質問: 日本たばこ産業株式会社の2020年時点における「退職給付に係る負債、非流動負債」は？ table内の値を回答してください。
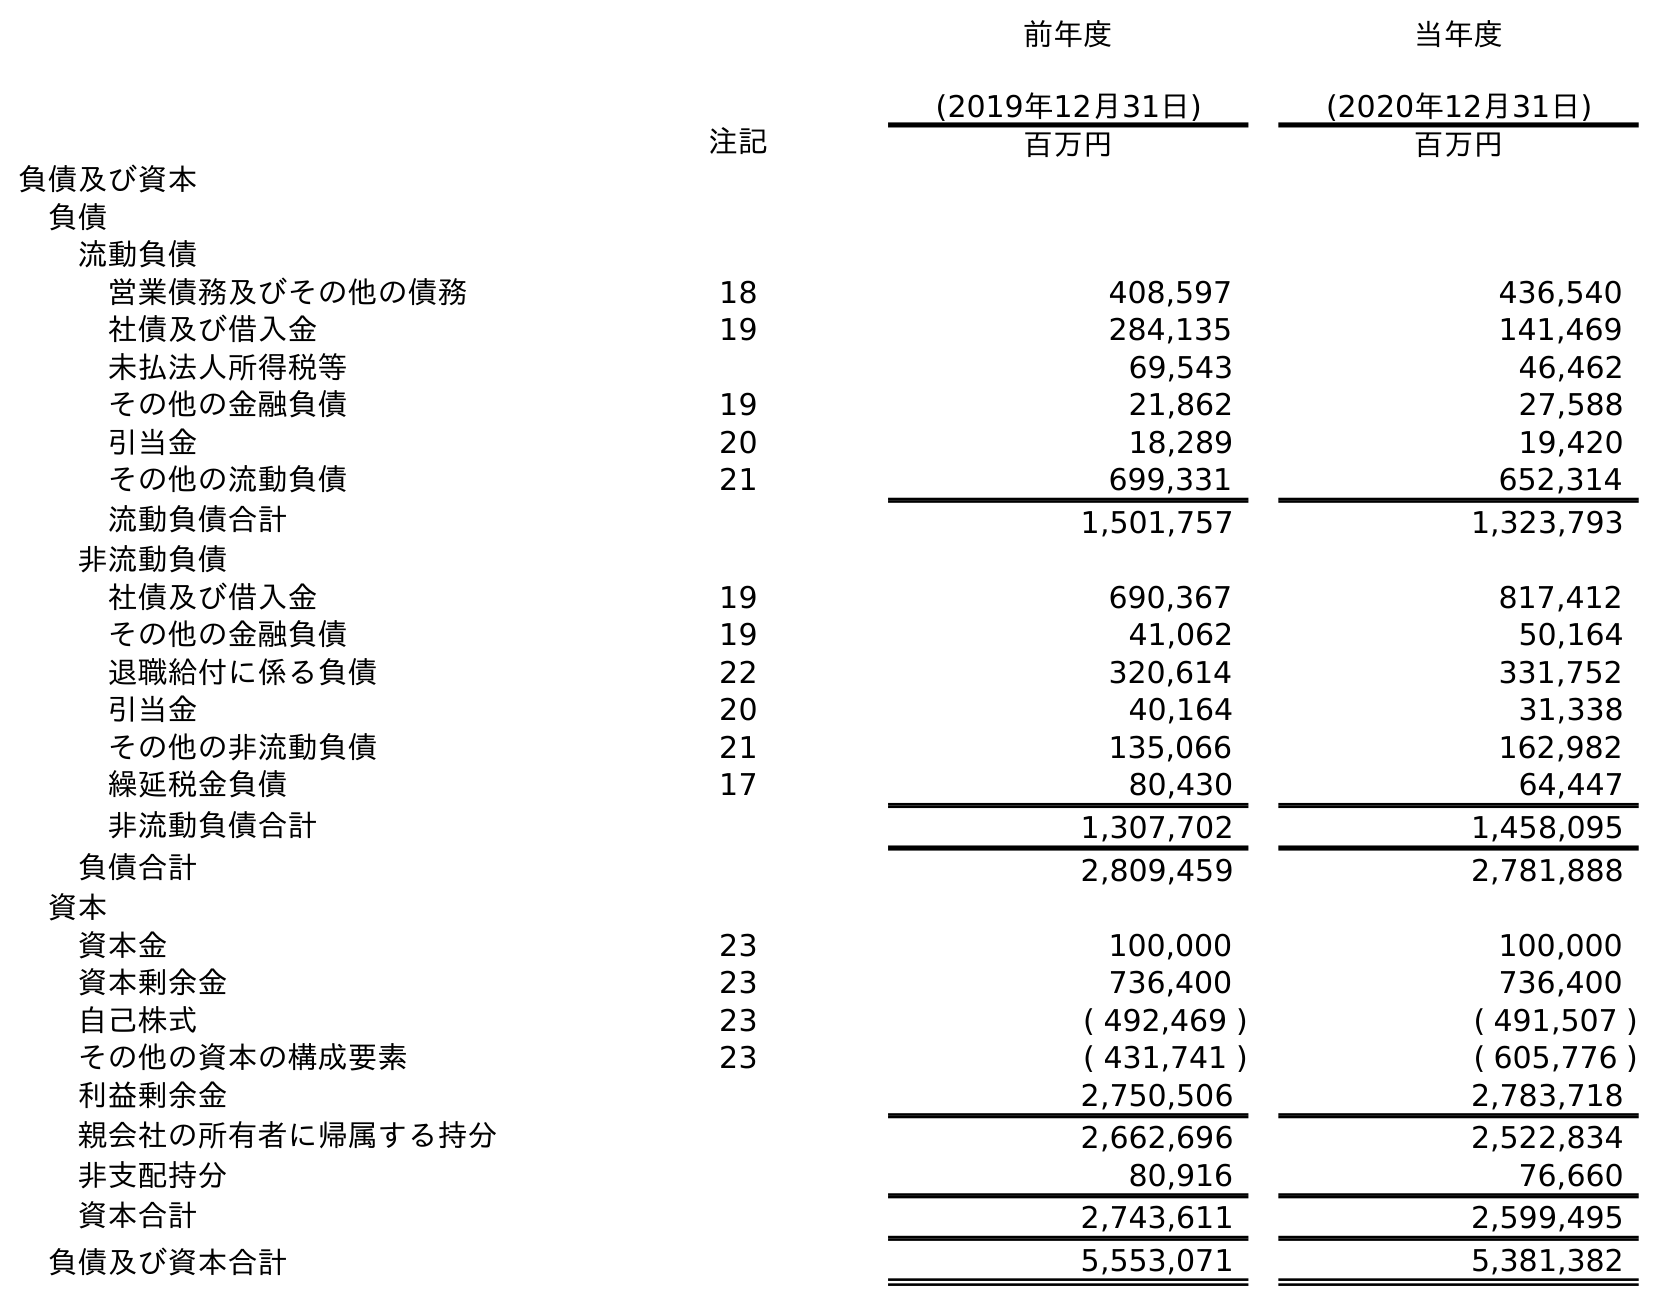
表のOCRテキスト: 前年度 (2019年12月31日) 当年度 (2020年12月31日) 注記 百万円 百万円 負債及び資本 負債 流動負債 営業債務及びその他の債務 18 408,597 436,540 社債及び借入金 19 284,135 141,469 未払法人所得税等 69,543 46,462 その他の金融負債 19 21,862 27,588 引当金 20 18,289 19,420 その他の流動負債 21 699,331 652,314 流動負債合計 1,501,757 1,323,793 非流動負債 社債及び借入金 19 690,367 817,412 その他の金融負債 19 41,062 50,164 退職給付に係る負債 22 320,614 331,752 引当金 20 40,164 31,338 その他の非流動負債 21 135,066 162,982 繰延税金負債 17 80,430 64,447 非流動負債合計 1,307,702 1,458,095 負債合計 2,809,459 2,781,888 資本 資本金 23 100,000 100,000 資本剰余金 23 736,400 736,400 自己株式 23 ( 492,469 ) ( 491,507 ) その他の資本の構成要素 23 ( 431,741 ) ( 605,776 ) 利益剰余金 2,750,506 2,783,718 親会社の所有者に帰属する持分 2,662,696 2,522,834 非支配持分 80,916 76,660 資本合計 2,743,611 2,599,495 負債及び資本合計 5,553,071 5,381,382
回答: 331,752